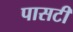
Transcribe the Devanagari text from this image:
पासटी